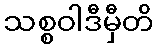
သစ္စဝါဒီမှီတိ